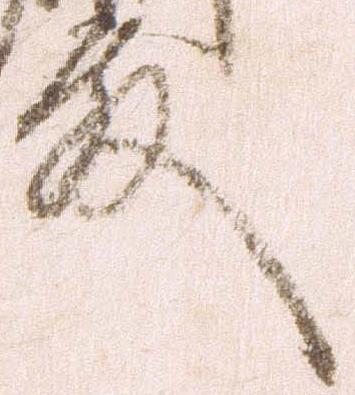
殿